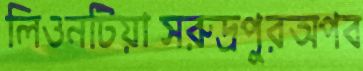
লিওনটিয়াসরুদ্রপুরঅপব